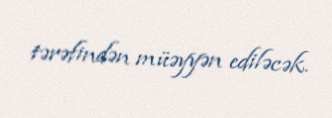
tərəfindən müəyyən ediləcək.